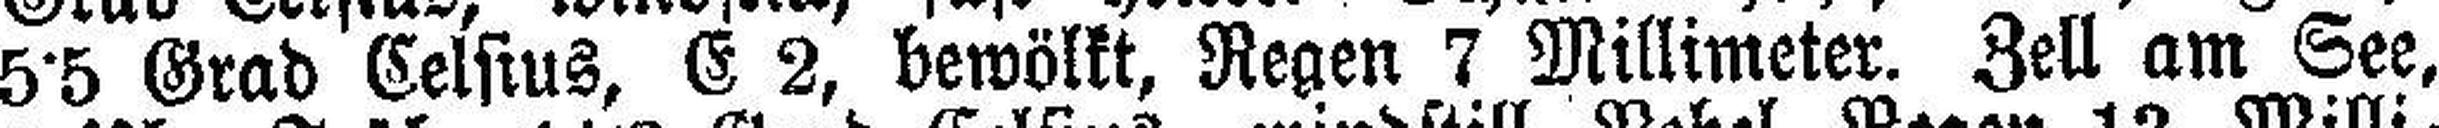
5•5 Grad Celsius, E 2, bewölkt, Regen 7 Millimeter. Zell am See,